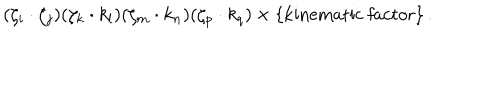
LaTeX: ( \zeta _ { i } \cdot \zeta _ { j } ) ( \zeta _ { k } \cdot k _ { l } ) ( \zeta _ { m } \cdot k _ { n } ) ( \zeta _ { p } \cdot k _ { q } ) \times \{ \mathrm { k i n e m a t i c ~ f a c t o r } \} \, .